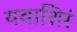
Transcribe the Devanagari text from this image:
यवाशिरं